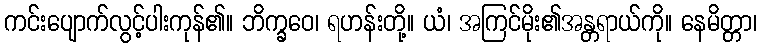
ကင်းပျောက်လွင့်ပါးကုန်၏။ ဘိက္ခဝေ၊ ရဟန်းတို့။ ယံ၊ အကြင်မိုး၏အန္တရာယ်ကို။ နေမိတ္တာ၊